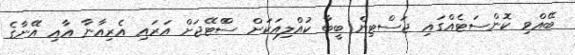
ބޭއްވި ކޮންސަޓެއްގައި ޖަސްޓިން ބީބާ ކުއްލިއަކަށް ސްްޓޭޖަށް އަރައި އެރިއާނާ އާއި އޭނާގެ